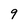
Character: 9